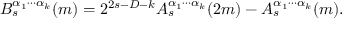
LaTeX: B _ { s } ^ { \alpha _ { 1 } \cdots \alpha _ { k } } ( m ) = 2 ^ { 2 s - D - k } A _ { s } ^ { \alpha _ { 1 } \cdots \alpha _ { k } } ( 2 m ) - A _ { s } ^ { \alpha _ { 1 } \cdots \alpha _ { k } } ( m ) .